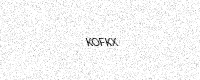
Text: KOFKX